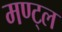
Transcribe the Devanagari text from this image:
मण्ट्ल